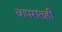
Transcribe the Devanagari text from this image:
वापरातही